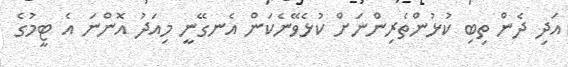
އަދި ދެން ތިބި ކުޅުންތެރިންނަށް ކުޅެވޭނެކަން އެނގޭނީ މިއަދު އޮންނަ އެ ޓީމުގެ